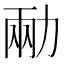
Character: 㔝